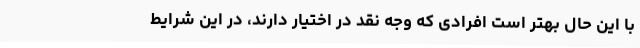
با این حال بهتر است افرادی که وجه نقد در اختیار دارند، در این شرایط